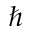
\hbar